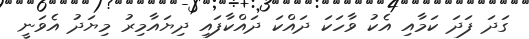
ގަދަ ފަދަ ކަމާއި އެކު ވާހަކަ ދައްކަ ދައްކާފައި ދިޔައާމިރު މިޔަދު އެވަނީ